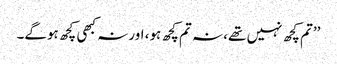
’’تم کچھ نہیں تھے، نہ تم کچھ ہو، اور نہ کبھی کچھ ہوگے۔